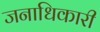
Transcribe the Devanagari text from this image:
जनाधिकारी